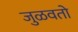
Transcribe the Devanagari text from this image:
जुळवतो